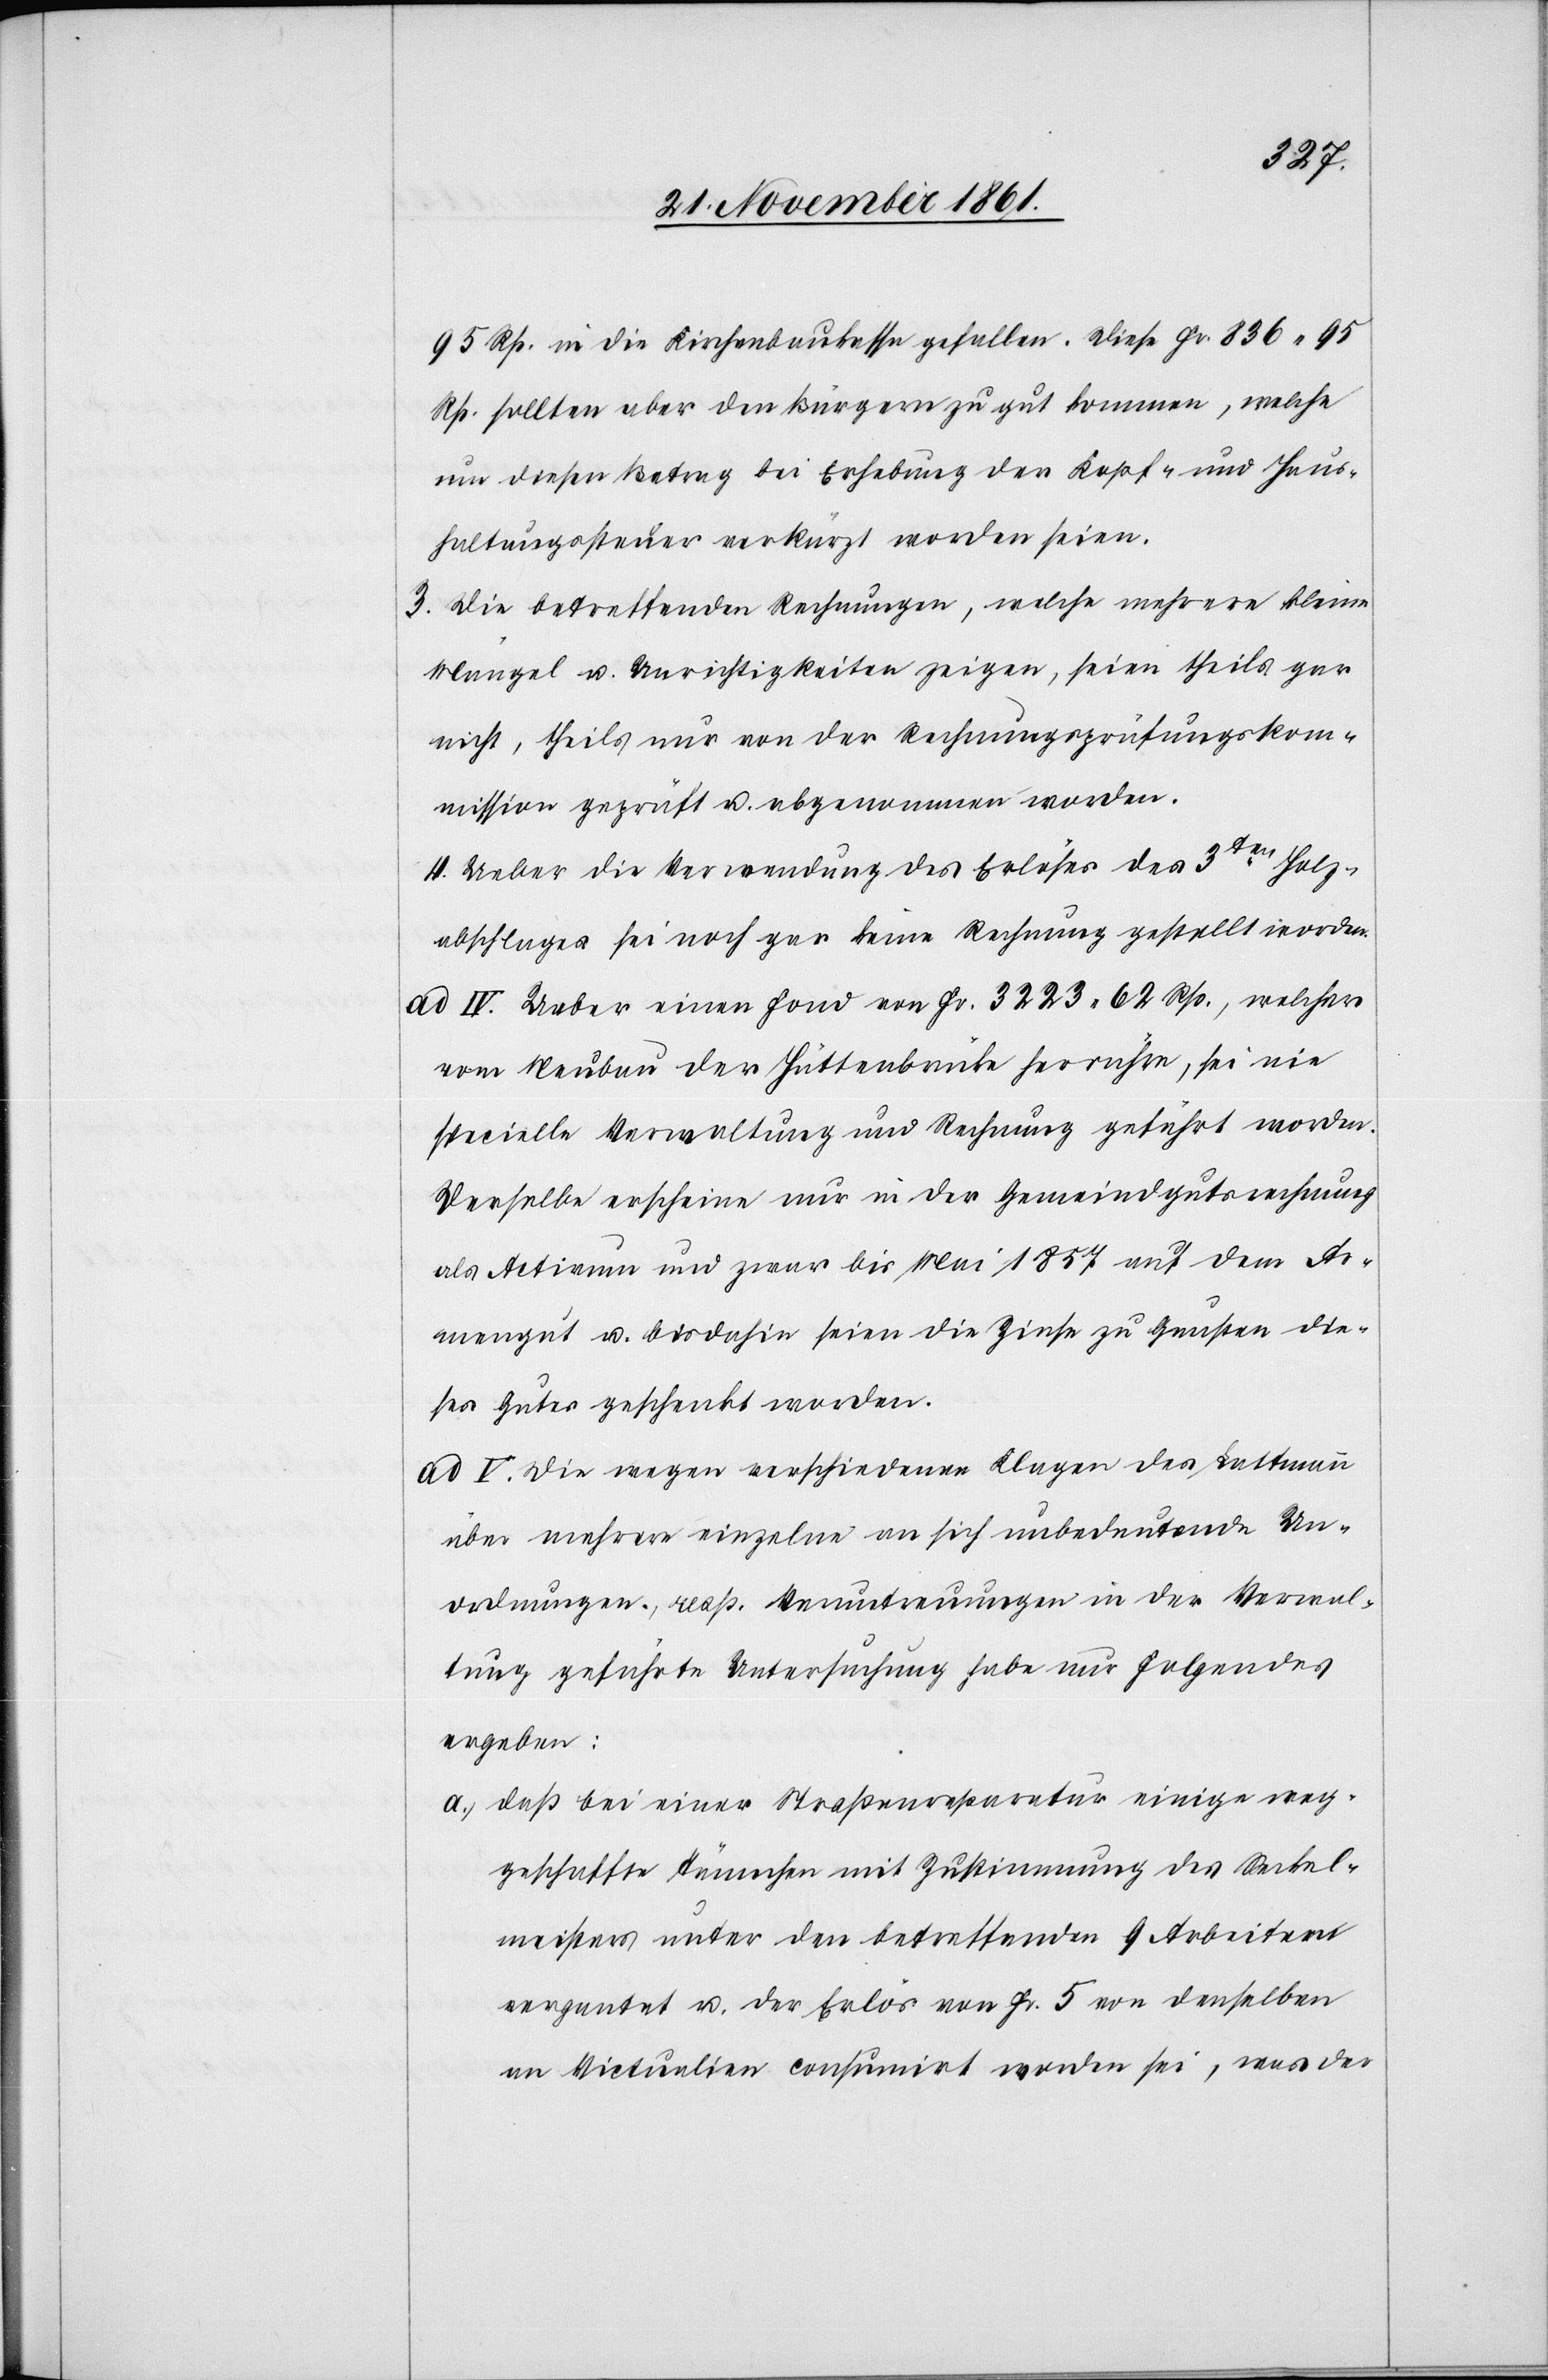
95 Rp. in die Kirchenbaukassse gefallen. Diese Fr. 836.95
Rp. sollten aber den Bürgern zu gut kommen, welche
um diesen Betrag bei Erhebung der Kopf- und Haus¬
haltungssteuer verkürzt worden seien.
3. Die betreffenden Rechnungen, welche mehrere kleine
Mängel u. Unrichtigkeiten zeigen, seien theils gar
nicht, theils nur von der Rechnungsprüfungskom¬
mission geprüft u. abgenommen worden.
4. Ueber die Verwendung des Erlöses des 3ten Holz¬
abschlages sei noch gar keine Rechnung gestellt worden.
ad IV. Ueber einen Fond von Fr. 3223.62 Rp., welcher
vom Neubau der Hüttenbrücke herrühre, sei nie
specielle Verwaltung und Rechnung geführt worden.
Derselbe erscheine nur in der Gemeindgutsrechnung
als Activum und zwar bis Mai 1857 auf dem Ar¬
mengut u. bisdahin seien die Zinse zu Gunsten die¬
ses Gutes geschenkt worden.
ad V. Die wegen verschiedenen Klagen des Lattmann
über mehrere einzelne an sich unbedeutende Un¬
ordnungen, resp. Veruntreuungen in der Verwal¬
tung geführte Untersuchung habe nur Folgendes
ergeben:
a., daß bei einer Straßenreparatur einige weg¬
geschaffte Tünnchen [sic!] mit Zustimmung des Seckel¬
meisters unter den betreffenden 9 Arbeitern
vergantet u. der Erlös von Fr. 5 von denselben
an Victualien consumirt worden sei, was der